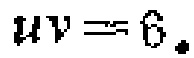
\(uv = 6.\)